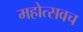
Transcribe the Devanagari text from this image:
महोत्सवच